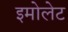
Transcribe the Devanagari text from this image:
इमोलेट